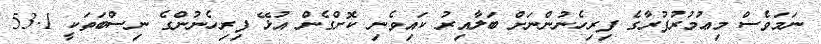
ނަމަވެސް މިޢުމުރުފުރާގެ ފިރިހެނުންނަށް ބަލާއިރު ކައިވެނި ކޮށްގެން އުޅޭ ފިރިހެނުންގެ ނިސްބަތަކީ 53.1